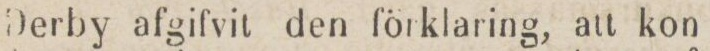
Derby afgifvit den förklaring, att kon